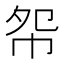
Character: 㠾